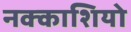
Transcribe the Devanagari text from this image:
नक्‍काशियो